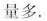
量多。